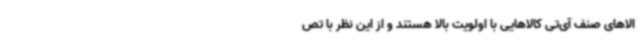
الاهای صنف آی‌تی کالاهایی با اولویت بالا هستند و از این نظر با تص